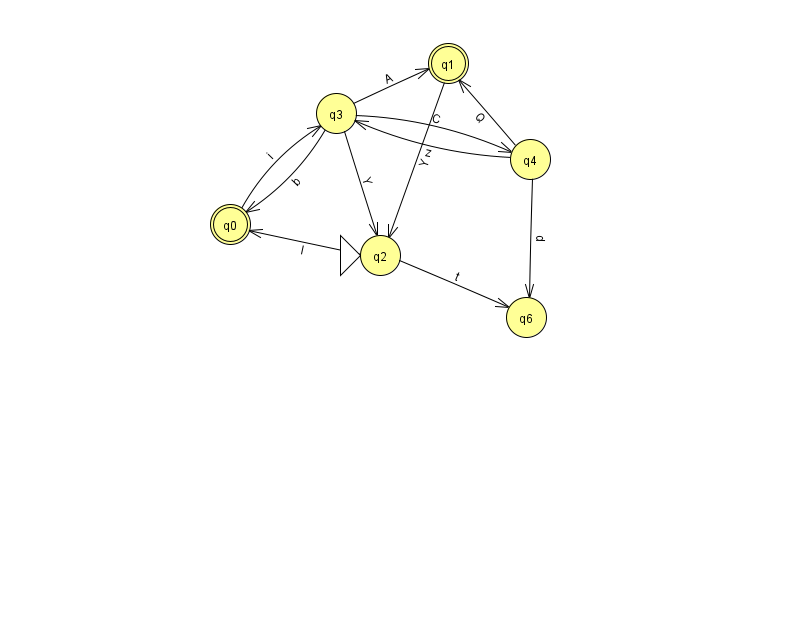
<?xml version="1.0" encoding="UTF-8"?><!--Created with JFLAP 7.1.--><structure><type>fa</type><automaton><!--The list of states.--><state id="0" name="q0"><x>230.0</x><y>211.0</y><final/></state><state id="1" name="q1"><x>448.0</x><y>50.0</y><final/></state><state id="2" name="q2"><x>380.0</x><y>242.0</y><initial/></state><state id="3" name="q3"><x>336.0</x><y>100.0</y></state><state id="4" name="q4"><x>530.0</x><y>146.0</y></state><state id="6" name="q6"><x>526.0</x><y>304.0</y></state><!--The list of transitions.--><transition><from>1</from><to>2</to><read>Y</read></transition><transition><from>3</from><to>0</to><read>b</read></transition><transition><from>3</from><to>4</to><read>C</read></transition><transition><from>2</from><to>6</to><read>t</read></transition><transition><from>4</from><to>1</to><read>Q</read></transition><transition><from>2</from><to>0</to><read>I</read></transition><transition><from>0</from><to>3</to><read>i</read></transition><transition><from>3</from><to>1</to><read>A</read></transition><transition><from>4</from><to>3</to><read>z</read></transition><transition><from>4</from><to>6</to><read>p</read></transition><transition><from>3</from><to>2</to><read>Y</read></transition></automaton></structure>